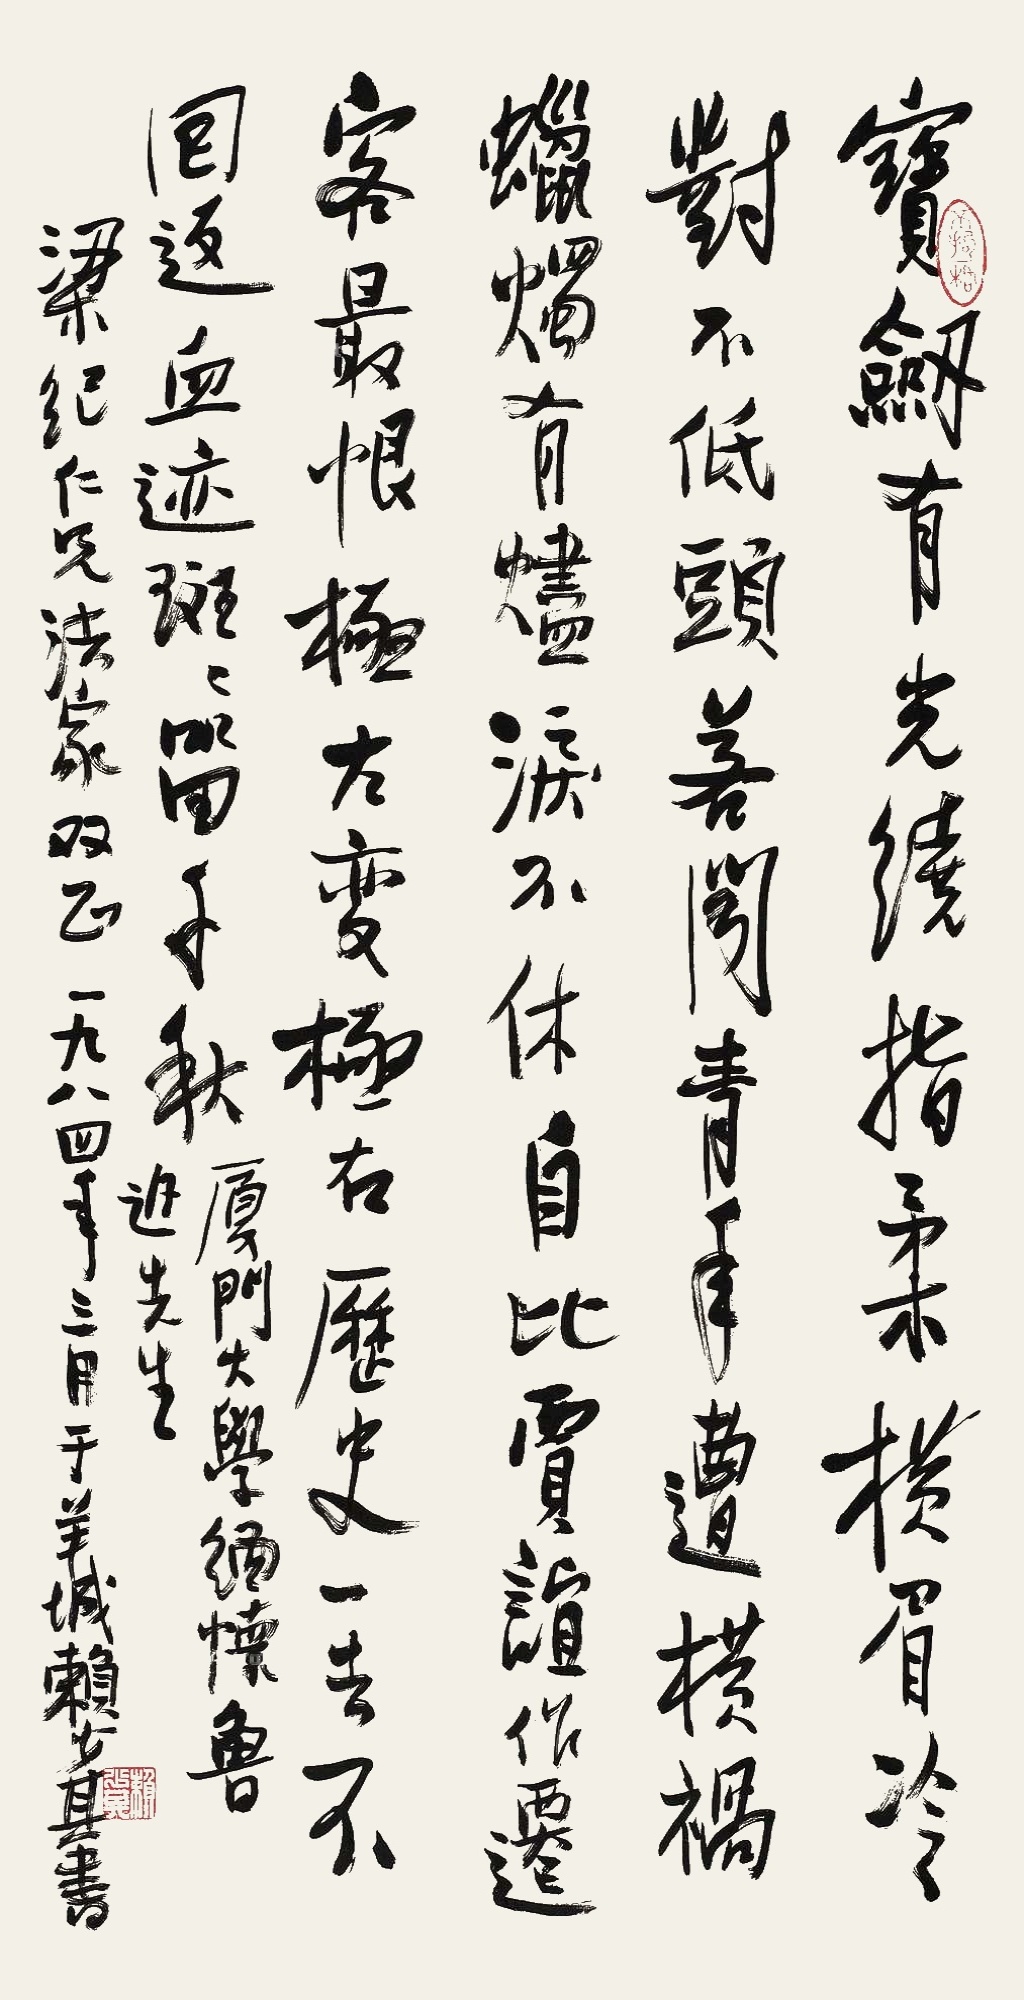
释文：宝剑有光绕指柔，横眉冷对不低头。若闻青年遭横祸，蜡烛有烬泪不休。自比贾谊作迁客，最恨极左变极右。历史一去不回返，血迹斑斑留千秋。厦门大学缅怀鲁迅先生，梁纪仁兄法家双正，一九八四年三月于羊城赖少其书。